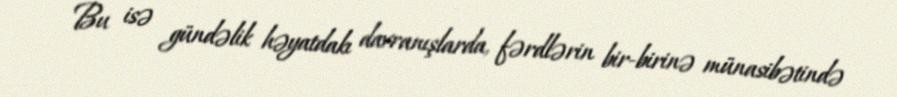
Bu isə gündəlik həyatdakı davranışlarda, fərdlərin bir-birinə münasibətində